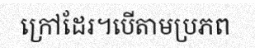
ក្រៅដែរ។បើតាមប្រភព